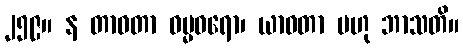
၂၅၉။ န တာဝတာ ဓမ္မဓရော၊ ယာဝတာ ဗဟု ဘာသတိ။